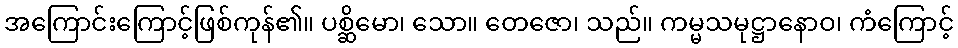
အကြောင်းကြောင့်ဖြစ်ကုန်၏။ ပစ္ဆိမော၊ သော။ တေဇော၊ သည်။ ကမ္မသမုဋ္ဌာနောဝ၊ ကံကြောင့်